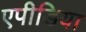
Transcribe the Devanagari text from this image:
एपीडिया